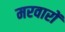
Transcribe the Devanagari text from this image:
मरवारों